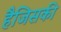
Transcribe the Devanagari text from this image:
हैजिसकी